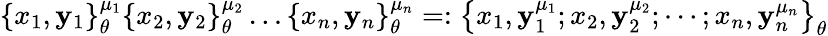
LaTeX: \left\{ x_{1},\mathbf{y}_{1}\right\} _{\theta}^{\mu_{1}}\left\{ x_{2},\mathbf{y}_{2}\right\} _{\theta}^{\mu_{2}}\ldots\left\{ x_{n},\mathbf{y}_{n}\right\} _{\theta}^{\mu_{n}}=:\left\{ x_{1},\mathbf{y}_{1}^{\mu_{1}};x_{2},\mathbf{y}_{2}^{\mu_{2}};\cdots;x_{n},\mathbf{y}_{n}^{\mu_{n}}\right\} _{\theta}